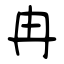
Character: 冉